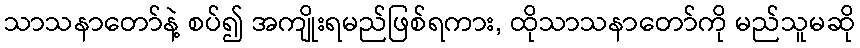
သာသနာတော်နဲ့ စပ်၍ အကျိုးရမည်ဖြစ်ရကား, ထိုသာသနာတော်ကို မည်သူမဆို